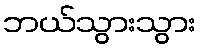
ဘယ်သွားသွား